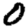
Digit: 0